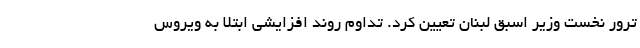
ترور نخست وزیر اسبق لبنان تعیین کرد. تداوم روند افزایشی ابتلا به ویروس